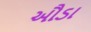
ઔડા